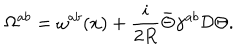
\Omega ^ { a b } = \omega ^ { a b } ( x ) + { \frac { i } { 2 R } } \bar { \Theta } \gamma ^ { a b } { \cal D } \Theta .